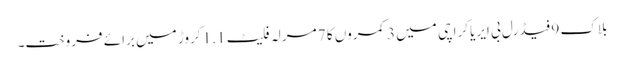
بلاک 9 فیڈرل بی ایریا کراچی میں 3 کمروں کا 7 مرلہ فلیٹ 1.1 کروڑ میں برائے فروخت۔